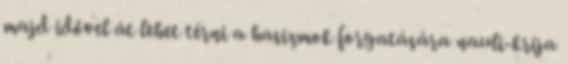
majd idővel át lehet térni a hasizmok forgatására nauli-krija